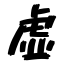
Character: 虚